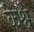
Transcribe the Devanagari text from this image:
केश्व